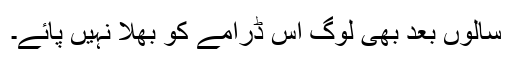
سالوں بعد بھی لوگ اس ڈرامے کو بھلا نہیں پائے۔